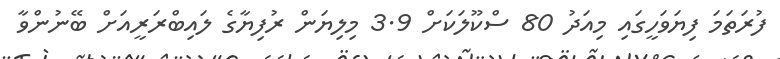
ފުރަތަމަ ފިޔަވަހީގައި މިއަދު 80 ސްކޫލަކަށް 3.9 މިލިޔަން ރުފިޔާގެ ލައިބްރަރީއަށް ބޭނުންވާ